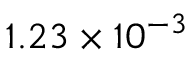
1 . 2 3 \times 1 0 ^ { - 3 }